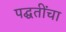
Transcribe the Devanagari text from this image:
पद्घतींचा